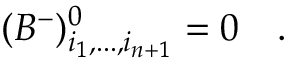
( B ^ { - } ) _ { i _ { 1 } , . . . , i _ { n + 1 } } ^ { 0 } = 0 ~ ~ ~ .